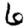
Digit: 6